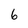
Character: 6